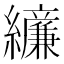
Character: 𫄔